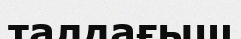
талдағыш